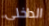
الداخلى